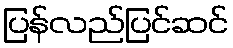
ပြန်လည်ပြင်ဆင်